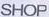
SHOP